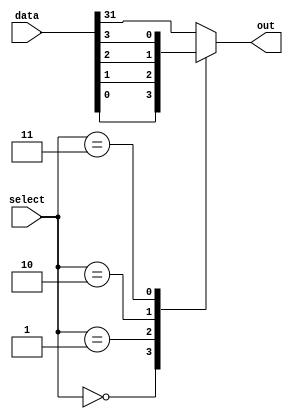
module mux32to1 (
    input [31:0] data,
    input [4:0] select,
    output reg out
);

always @(*)
begin
    case(select)
        5'b00000: out = data[0];
        5'b00001: out = data[1];
        5'b00010: out = data[2];
        5'b00011: out = data[3];
        // continue selecting the input signals up to 31
        default: out = data[31];
    endcase
end

endmodule